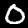
Label: 0